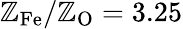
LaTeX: \mathbb{Z}_{\mathrm{{Fe}}}/\mathbb{Z}_{\mathrm{{O}}}=3.25